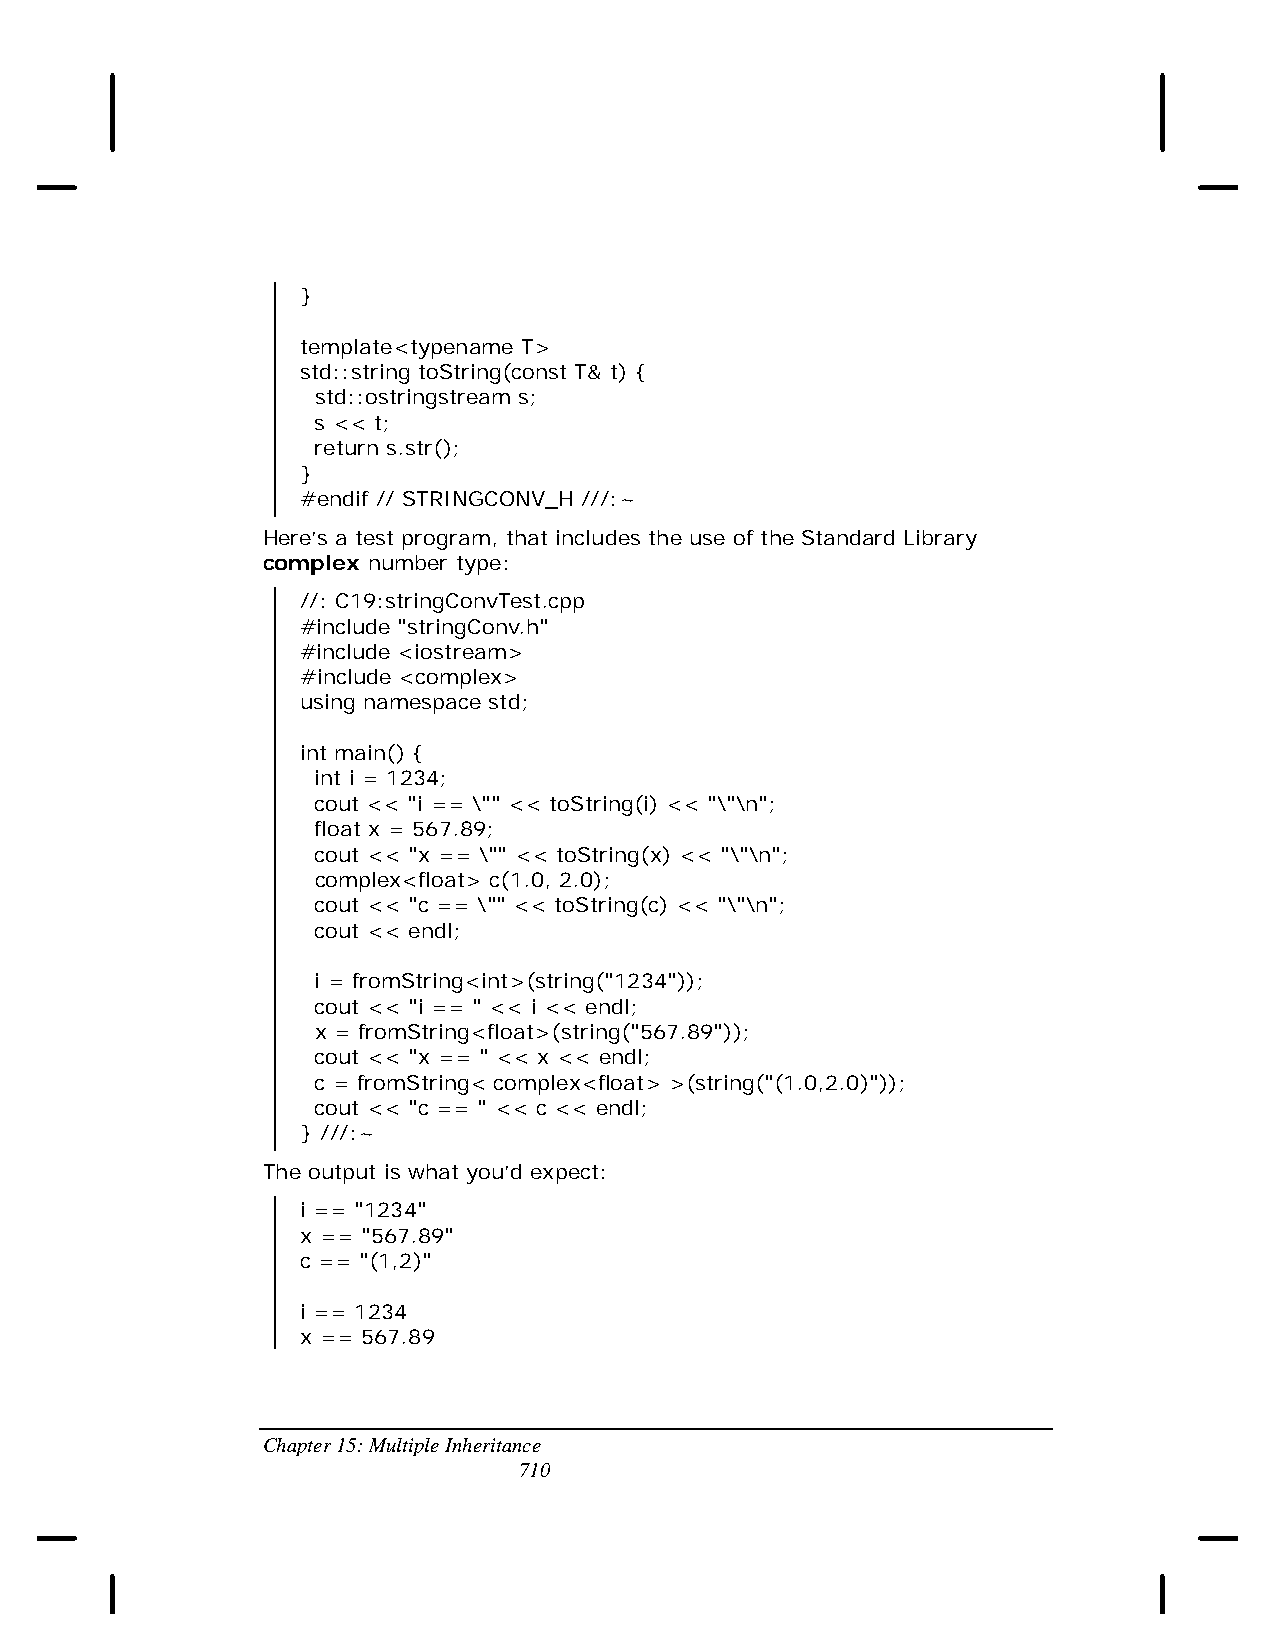
}
 template<typename T>
 std::string toString(const T& t) {
 std::ostringstream s;
 s << t;
 return s.str();
 }
 #endif // STRINGCONV_H ///:~
 Here’s a test program, that includes the use of the Standard Library
 complex number type:
 //: C19:stringConvTest.cpp
 #include "stringConv.h"
 #include <iostream>
 #include <complex>
 using namespace std;
 int main() {
 int i = 1234;
 cout << "i == \"" << toString(i) << "\"\n";
 float x = 567.89;
 cout << "x == \"" << toString(x) << "\"\n";
 complex<float> c(1.0, 2.0);
 cout << "c == \"" << toString(c) << "\"\n";
 cout << endl;
 i = fromString<int>(string("1234"));
 cout << "i == " << i << endl;
 x = fromString<float>(string("567.89"));
 cout << "x == " << x << endl;
 c = fromString< complex<float> >(string("(1.0,2.0)"));
 cout << "c == " << c << endl;
 } ///:~
 The output is what you’d expect:
 i == "1234"
 x == "567.89"
 c == "(1,2)"
 i == 1234
 x == 567.89
 Chapter 15: Multiple Inheritance
 710